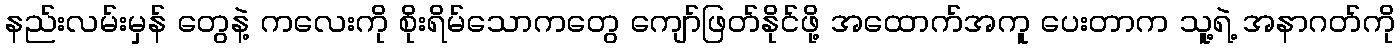
နည်းလမ်းမှန် တွေနဲ့ ကလေးကို စိုးရိမ်သောကတွေ ကျော်ဖြတ်နိုင်ဖို့ အထောက်အကူ ပေးတာက သူ့ရဲ့ အနာဂတ်ကို